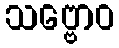
သဗ္ဗောဝ